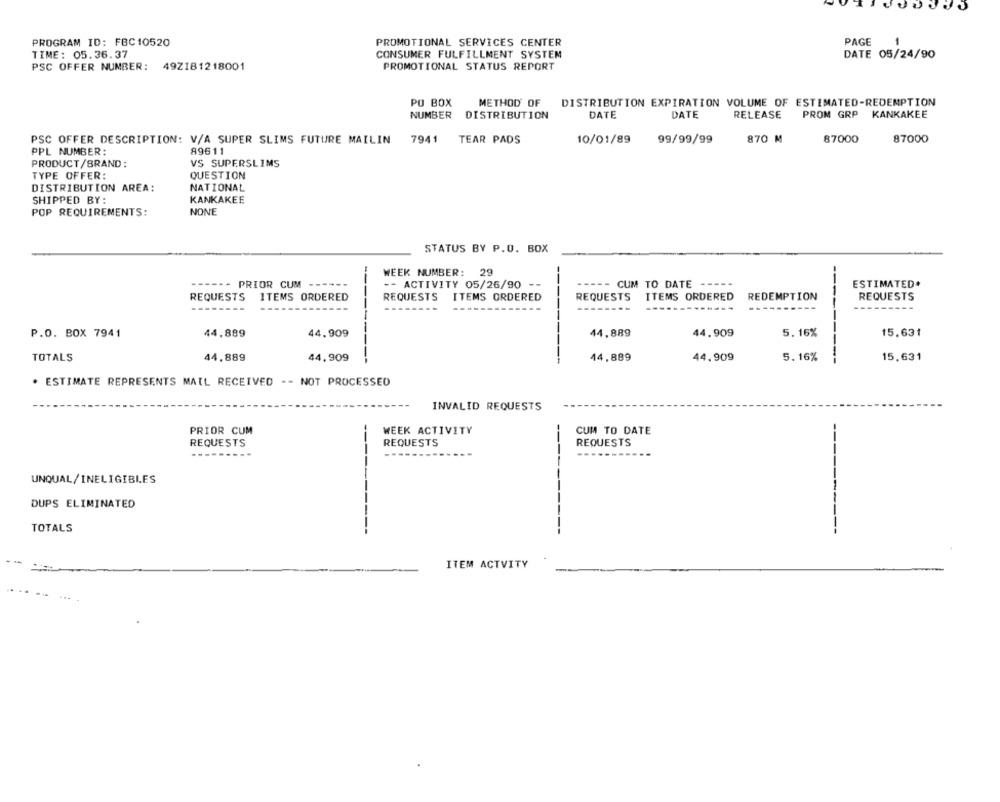
PROGRAM ID: FBC10520
PAGE
PROMOTIONAL SERVICES CENTER
1
TIME: 05.36.37
CONSUMER FULFILLMENT SYSTEM
DATE 05/24/90
PSC OFFER NUMBER: 49Z181218001
PROMOTIONAL STATUS REPORT
PO BOX
METHOD OF
DISTRIBUTION EXPIRATION VOLUME OF ESTIMATED-REDEMPTION
NUMBER
DISTRIBUTION
DATE
DATE
RELEASE
PROM GRP KANKAKEE
PSC OFFER DESCRIPTION: V/A SUPER SLIMS FUTURE MAILIN
7941
TEAR PADS
10/01/89
99/99/99
870 M
87000
87000
PPL NUMBER:
89611
PRODUCT/BRAND:
VS SUPERSLIMS
TYPE OFFER:
QUESTION
DISTRIBUTION AREA:
NATIONAL
SHIPPED BY:
KANKAKEE
POP REQUIREMENTS:
NONE
STATUS BY P.O. BOX
WEEK NUMBER: 29
----- PRIOR CUM -----
-- ACTIVITY 05/26/90 --
----- CUM TO DATE -----
ESTIMATED+
REQUESTS
ITEMS ORDERED
REQUESTS
ITEMS ORDERED
REQUESTS
ITEMS ORDERED
REDEMPTION
REQUESTS
----------
------
--------
-------
--------
------
P.O. BOX 7941
44.889
44.909
44,889
44,909
5. 16%
15.631
TOTALS
44,889
44,909
---------
-----
44,889
44.909
5.16%
-----
15.631
. ESTIMATE REPRESENTS MAIL RECEIVED -- NOT PROCESSED
INVALID REQUESTS
PRIOR CUM
-
WEEK ACTIVITY
CUM TO DATE
REQUESTS
REQUESTS
REQUESTS
---
---------
UNQUAL/INELIGIBLES
DUPS ELIMINATED
TOTALS
ITEM ACTVITY